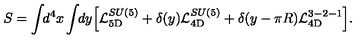
S = \int \! \! d ^ { 4 } x \int \! \! d y \Bigl [ { \cal L } _ { \mathrm { 5 D } } ^ { S U ( 5 ) } + \delta ( y ) { \cal L } _ { \mathrm { 4 D } } ^ { S U ( 5 ) } + \delta ( y - \pi R ) { \cal L } _ { \mathrm { 4 D } } ^ { 3 - 2 - 1 } \Bigr ] .